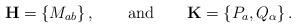
LaTeX: \begin{align*}{\bf H} = \{ M_{ab} \}\,,\qquad \mbox{and}\qquad {\bf K} =\{P_a, Q_\alpha\}\,.\end{align*}